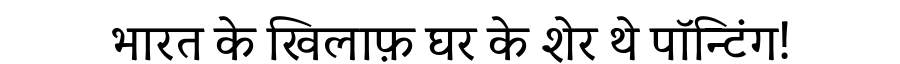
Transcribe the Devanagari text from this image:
भारत के खिलाफ़ घर के शेर थे पॉन्टिंग!